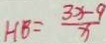
H B = \frac { 3 x - 9 } { x }